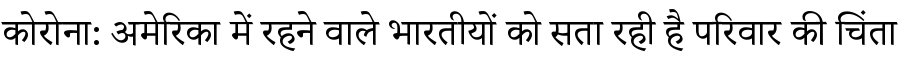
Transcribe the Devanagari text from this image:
कोरोना: अमेरिका में रहने वाले भारतीयों को सता रही है परिवार की चिंता